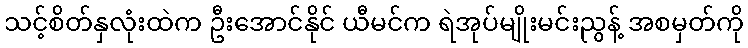
သင့်စိတ်နှလုံးထဲက ဦးအောင်နိုင် ယီမင်က ရဲအုပ်မျိုးမင်းညွန့် အစမှတ်ကို